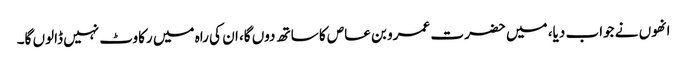
انھوں نے جواب دیا، میں حضرت عمرو بن عاص کا ساتھ دوں گا، ان کی راہ میں رکاوٹ نہیں ڈالوں گا۔